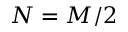
N = M / 2